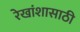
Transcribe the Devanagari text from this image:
रेखांशासाठी